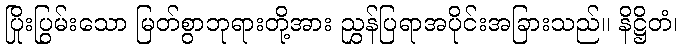
ပြိုးပြွမ်းသော မြတ်စွာဘုရားတို့အား ညွှန်ပြရာအပိုင်းအခြားသည်။ နိဋ္ဌိတံ၊